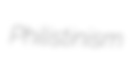
Philistinism